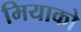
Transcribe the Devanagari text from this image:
मियाको